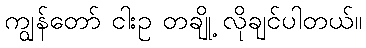
ကျွန်တော် ငါးဥ တချို့ လိုချင်ပါတယ်။